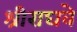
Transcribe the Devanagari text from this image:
श्रीराघवे